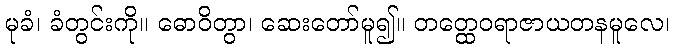
မုခံ၊ ခံတွင်းကို။ ဓောဝိတွာ၊ ဆေးတော်မူ၍။ တတ္ထေဝရာဇာယတနမူလေ၊